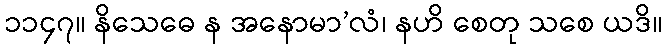
၁၁၄၇။ နိသေဓေ န အနောမာ’လံ၊ နဟိ စေတု သစေ ယဒိ။